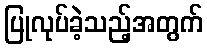
ပြုလုပ်ခဲ့သည့်အတွက်